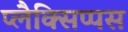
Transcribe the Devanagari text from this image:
प्लैक्सिप्पस